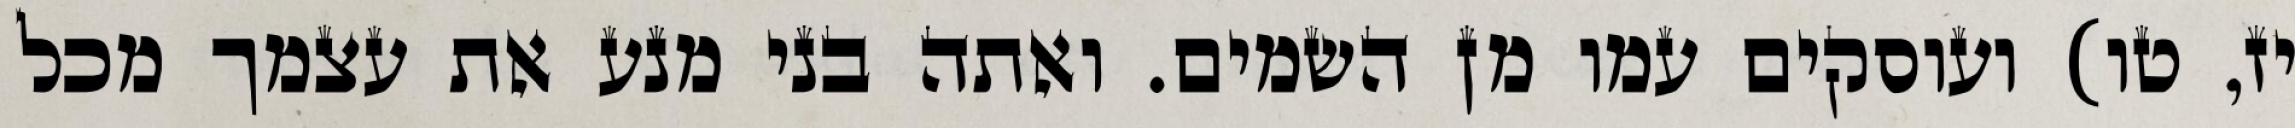
יז, טו) ועוסקים עמו מן השמים. ואתה בני מנע את עצמך מכל